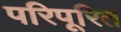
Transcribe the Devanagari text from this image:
परिपूरित